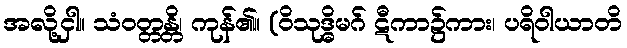
အလို့ငှါ။ သံဝတ္တန္တိ၊ ကုန်၏။ (ဝိသုဒ္ဓိမဂ် ဋီကာ၌ကား၊ ပရိဝါယာတိ